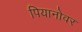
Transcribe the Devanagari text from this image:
पियानोवर